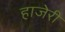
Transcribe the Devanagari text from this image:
हाजेरी